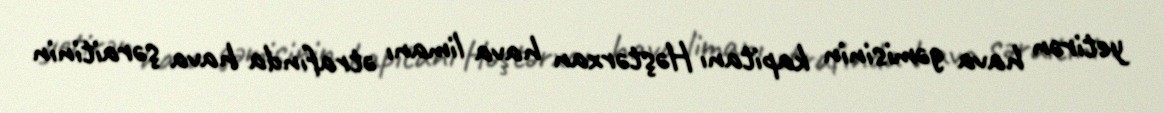
yetirən hava gəmisinin kapitanı Həştərxan hava limanı ətrafında hava şəraitinin